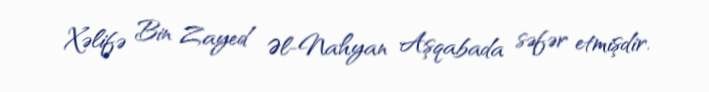
Xəlifə Bin Zayed Əl-Nahyan Aşqabada səfər etmişdir.